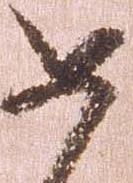
如